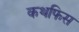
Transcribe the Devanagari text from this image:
कथफिस